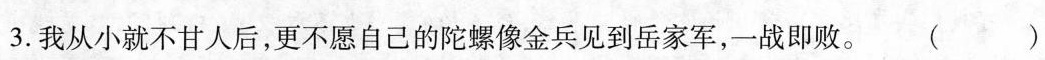
3.我从小就不甘人后，更不愿自己的陀螺像金兵见到岳家军，一战即败。( )